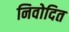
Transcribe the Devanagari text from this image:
निवोदित